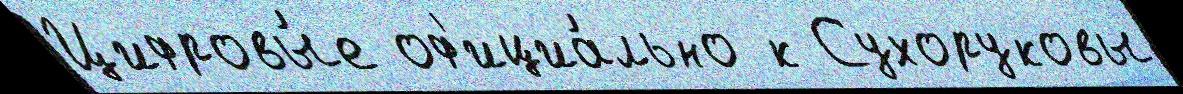
Цифровы́е оф'ициа́льно к Сухоруковы